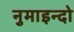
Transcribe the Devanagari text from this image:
नुमाइन्दो